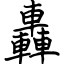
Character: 轟